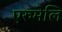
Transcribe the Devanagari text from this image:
एरुमेलि